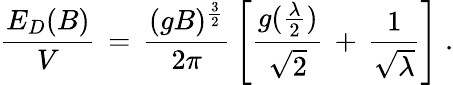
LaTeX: \frac{E_{D}(B)}{V}\, =\, \frac{(gB)^{\frac{3}{2}}}{2\pi}\, \left[\frac{g(\frac{\lambda}{2})}{\sqrt{2}}\, +\, \frac{1}{\sqrt{\lambda}}\right]\; .